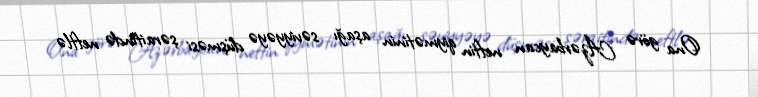
Ona görə Azərbaycan neftin qiymətinin aşağı səviyyəyə düşməsi şəraitində neftlə